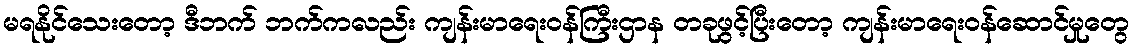
မရနိုင်သေးတော့ ဒီဘက် ဘက်ကလည်း ကျန်းမာရေးဝန်ကြီးဌာန တခုဖွင့်ပြီးတော့ ကျန်းမာရေးဝန်ဆောင်မှုတွေ